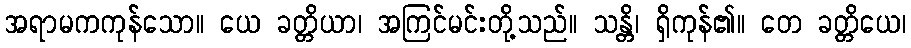
အရာမကကုန်သော။ ယေ ခတ္တိယာ၊ အကြင်မင်းတို့သည်။ သန္တိ၊ ရှိကုန်၏။ တေ ခတ္တိယေ၊